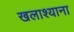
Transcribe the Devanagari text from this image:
खलाश्याना